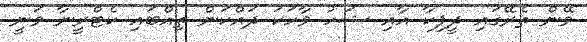
ވޭން ތެރޭގައި ދީޕިކާ އާއި ޝަހު ވާހަކަ ދައްކަން ތިއްބައި ކެޓްރީނާ ވަނީ